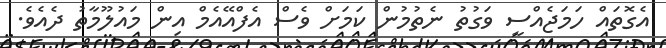
އެގޮތައް ހަމަޖެއްސީ ވަގުތު ނެތުމުން ކަމަށް ވެސް އެފްއޭއެމް އިން މައުލޫމާތު ދެއެވެ.